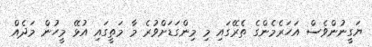
ޔަގީނުންވެސް އަހަރެމެންގެ ތެރޭގައި މި މިންގަޑަށްވުރެ މާ މަތީގައި އުޅޭ މީހުން މަދެއް